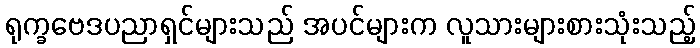
ရုက္ခဗေဒပညာရှင်များသည် အပင်များက လူသားများစားသုံးသည့်